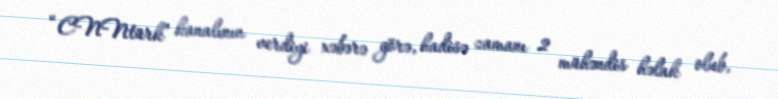
“CNNtürk” kanalının verdiyi xəbərə görə, hadisə zamanı 2 mühəndis həlak olub,